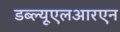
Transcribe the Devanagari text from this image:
डब्ल्यूएलआरएन